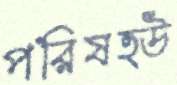
পরিষত্উ